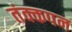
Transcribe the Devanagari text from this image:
तंक्कपन